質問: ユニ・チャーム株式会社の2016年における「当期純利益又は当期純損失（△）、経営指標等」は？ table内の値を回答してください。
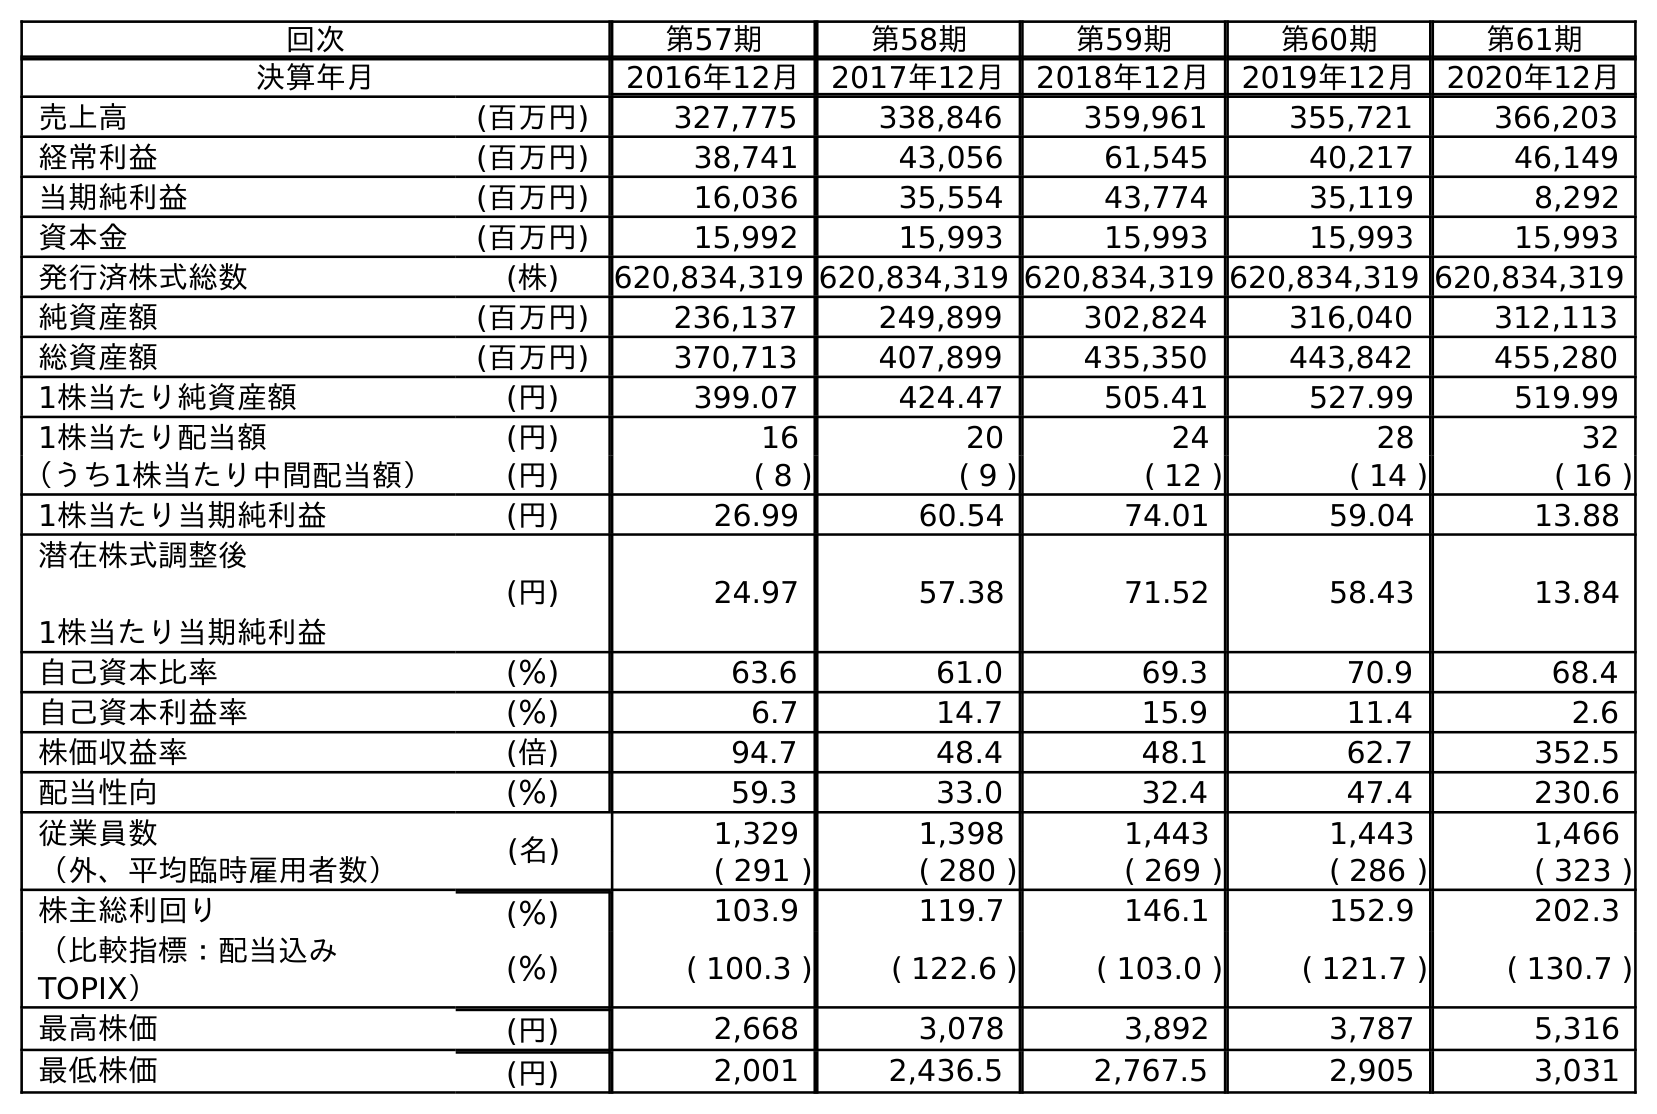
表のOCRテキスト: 回次 第57期 第58期 第59期 第60期 第61期 決算年月 2016年12月 2017年12月 2018年12月 2019年12月 2020年12月 売上高 (百万円) 327,775 338,846 359,961 355,721 366,203 経常利益 (百万円) 38,741 43,056 61,545 40,217 46,149 当期純利益 (百万円) 16,036 35,554 43,774 35,119 8,292 資本金 (百万円) 15,992 15,993 15,993 15,993 15,993 発行済株式総数 (株) 620,834,319 620,834,319 620,834,319 620,834,319 620,834,319 純資産額 (百万円) 236,137 249,899 302,824 316,040 312,113 総資産額 (百万円) 370,713 407,899 435,350 443,842 455,280 1株当たり純資産額 (円) 399.07 424.47 505.41 527.99 519.99 1株当たり配当額 (円) 16 20 24 28 32 （うち1株当たり中間配当額） (円) ( 8 ) ( 9 ) ( 12 ) ( 14 ) ( 16 ) 1株当たり当期純利益 (円) 26.99 60.54 74.01 59.04 13.88 潜在株式調整後 1株当たり当期純利益 (円) 24.97 57.38 71.52 58.43 13.84 自己資本比率 (％) 63.6 61.0 69.3 70.9 68.4 自己資本利益率 (％) 6.7 14.7 15.9 11.4 2.6 株価収益率 (倍) 94.7 48.4 48.1 62.7 352.5 配当性向 (％) 59.3 33.0 32.4 47.4 230.6 従業員数 (名) 1,329 1,398 1,443 1,443 1,466 （外、平均臨時雇用者数） ( 291 ) ( 280 ) ( 269 ) ( 286 ) ( 323 ) 株主総利回り (％) 103.9 119.7 146.1 152.9 202.3 （比較指標：配当込み TOPIX） (％) ( 100.3 ) ( 122.6 ) ( 103.0 ) ( 121.7 ) ( 130.7 ) 最高株価 (円) 2,668 3,078 3,892 3,787 5,316 最低株価 (円) 2,001 2,436.5 2,767.5 2,905 3,031
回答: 16,036